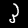
Digit: 3